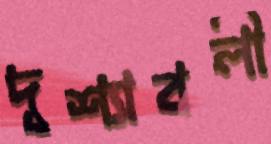
দৃশ্যাবলী